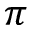
\pi